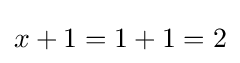
x+1=1+1=2